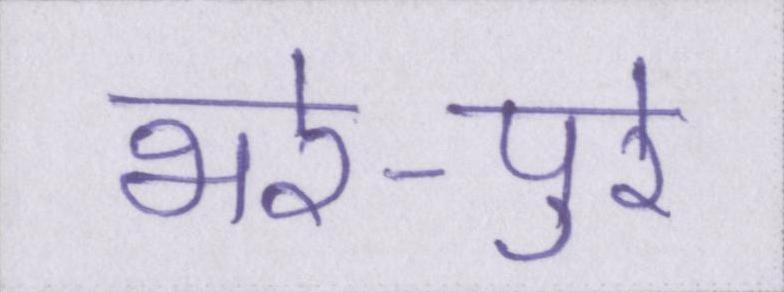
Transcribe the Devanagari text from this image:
भरे-पुरे